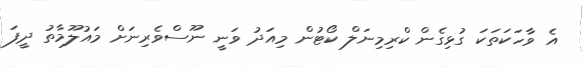
އެ ވާހަކަތަކަ ގުޅިގެން ކްރިމިނަލް ކޯޓުން މިއަދު ވަނީ ނޫސްވެރިނަށް މައުލޫމާތު ދީފަ